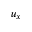
u _ { x }